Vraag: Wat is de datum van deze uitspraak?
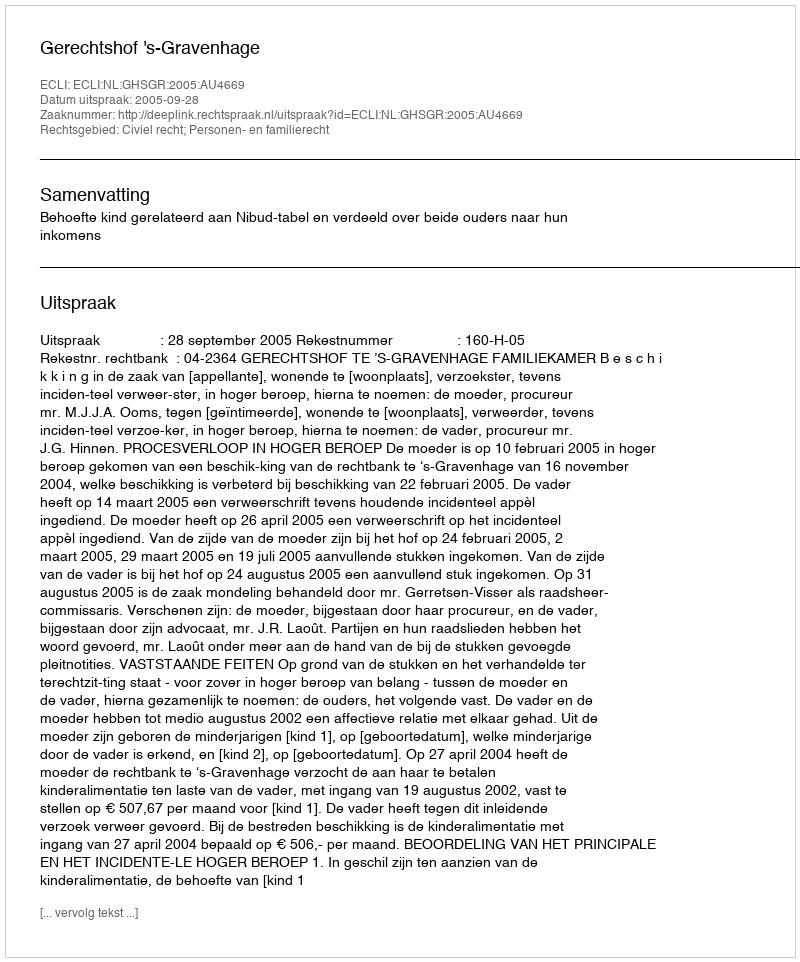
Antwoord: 2005-09-28